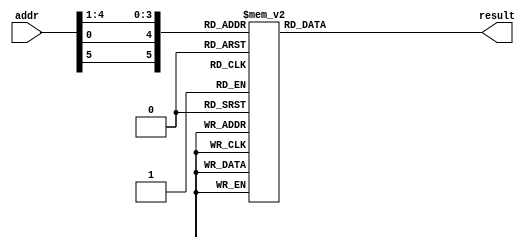

`timescale 1ns/100ps 

module sbox3 (input [6:1] addr,output reg [4:1] result);


  always @(addr) begin
    case ({addr[6], addr[1], addr[5:2]})
       0 : result = 10;
       1 : result =  0;
       2 : result =  9;
       3 : result = 14;
       4 : result =  6;
       5 : result =  3;
       6 : result = 15;
       7 : result =  5;
       8 : result =  1;
       9 : result = 13;
      10 : result = 12;
      11 : result =  7;
      12 : result = 11;
      13 : result =  4;
      14 : result =  2;
      15 : result =  8;
      16 : result = 13;
      17 : result =  7;
      18 : result =  0;
      19 : result =  9;
      20 : result =  3;
      21 : result =  4;
      22 : result =  6;
      23 : result = 10;
      24 : result =  2;
      25 : result =  8;
      26 : result =  5;
      27 : result = 14;
      28 : result = 12;
      29 : result = 11;
      30 : result = 15;
      31 : result =  1;
      32 : result = 13;
      33 : result =  6;
      34 : result =  4;
      35 : result =  9;
      36 : result =  8;
      37 : result = 15;
      38 : result =  3;
      39 : result =  0;
      40 : result = 11;
      41 : result =  1;
      42 : result =  2;
      43 : result = 12;
      44 : result =  5;
      45 : result = 10;
      46 : result = 14;
      47 : result =  7;
      48 : result =  1;
      49 : result = 10;
      50 : result = 13;
      51 : result =  0;
      52 : result =  6;
      53 : result =  9;
      54 : result =  8;
      55 : result =  7;
      56 : result =  4;
      57 : result = 15;
      58 : result = 14;
      59 : result =  3;
      60 : result = 11;
      61 : result =  5;
      62 : result =  2;
      63 : result = 12;
    endcase
  end

endmodule